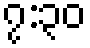
၇:၃၀